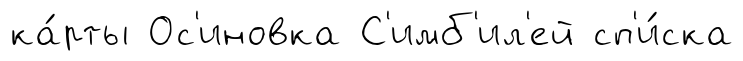
ка́рты Ос'иновка С'имб'ил'ей сп'и́ска